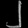
Digit: ၂